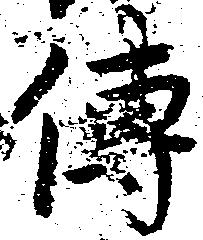
伝